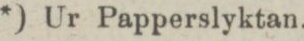
*) Ur Papperslyktan.